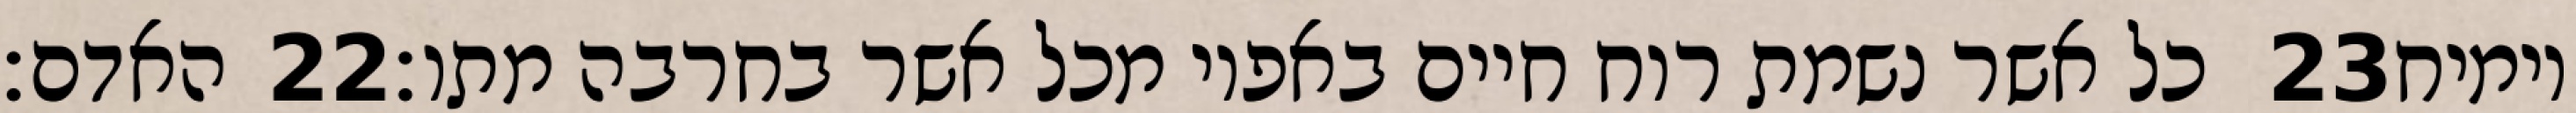
האדם׃ ‎22‏ כל אשר נשמת רוח חיים באפיו מכל אשר בחרבה מתו׃ ‎23‏ וימיח